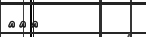
١١٥